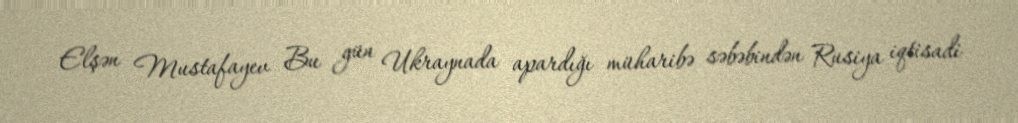
Elşən Mustafayev Bu gün Ukraynada apardığı müharibə səbəbindən Rusiya iqtisadi